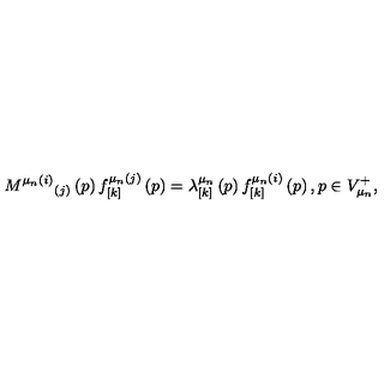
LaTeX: M ^ { \mu _ { n } ( i ) } { } _ { ( j ) } \left( p \right) f _ { \left[ k \right] } ^ { \mu _ { n } ( j ) } \left( p \right) = \lambda _ { \left[ k \right] } ^ { \mu _ { n } } \left( p \right) f _ { \left[ k \right] } ^ { \mu _ { n } ( i ) } \left( p \right) , p \in V _ { \mu _ { n } } ^ { + } ,